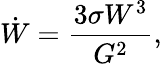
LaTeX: \dot{W}=\frac{3\sigma W^{3}}{G^{2}},